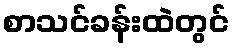
စာသင်ခန်းထဲတွင်